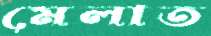
মেলাত